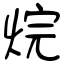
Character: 烷